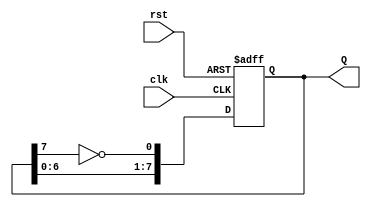
module johnson_counter (
    input wire clk,        // Clock input
    input wire rst,        // Asynchronous reset
    output reg [7:0] Q     // 8-bit counter output
);

// Always block triggered on the rising edge of the clock or when reset is asserted
always @(posedge clk or posedge rst) begin
    if (rst) begin
        // Asynchronous reset: set counter to 00000000
        Q <= 8'b00000000;
    end else begin
        // Johnson counter logic
        Q[0] <= ~Q[7];          // Inverted output of the last flip-flop
        Q[1] <= Q[0];           // Shift the output of FF0 to FF1
        Q[2] <= Q[1];           // Shift the output of FF1 to FF2
        Q[3] <= Q[2];           // Shift the output of FF2 to FF3
        Q[4] <= Q[3];           // Shift the output of FF3 to FF4
        Q[5] <= Q[4];           // Shift the output of FF4 to FF5
        Q[6] <= Q[5];           // Shift the output of FF5 to FF6
        Q[7] <= Q[6];           // Shift the output of FF6 to FF7
    end
end

endmodule